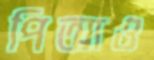
পিআও